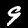
Label: 9